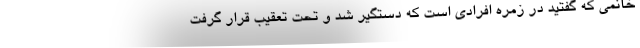
خانمی که گفتید در زمره افرادی است که دستگیر شد و تحت تعقیب قرار گرفت